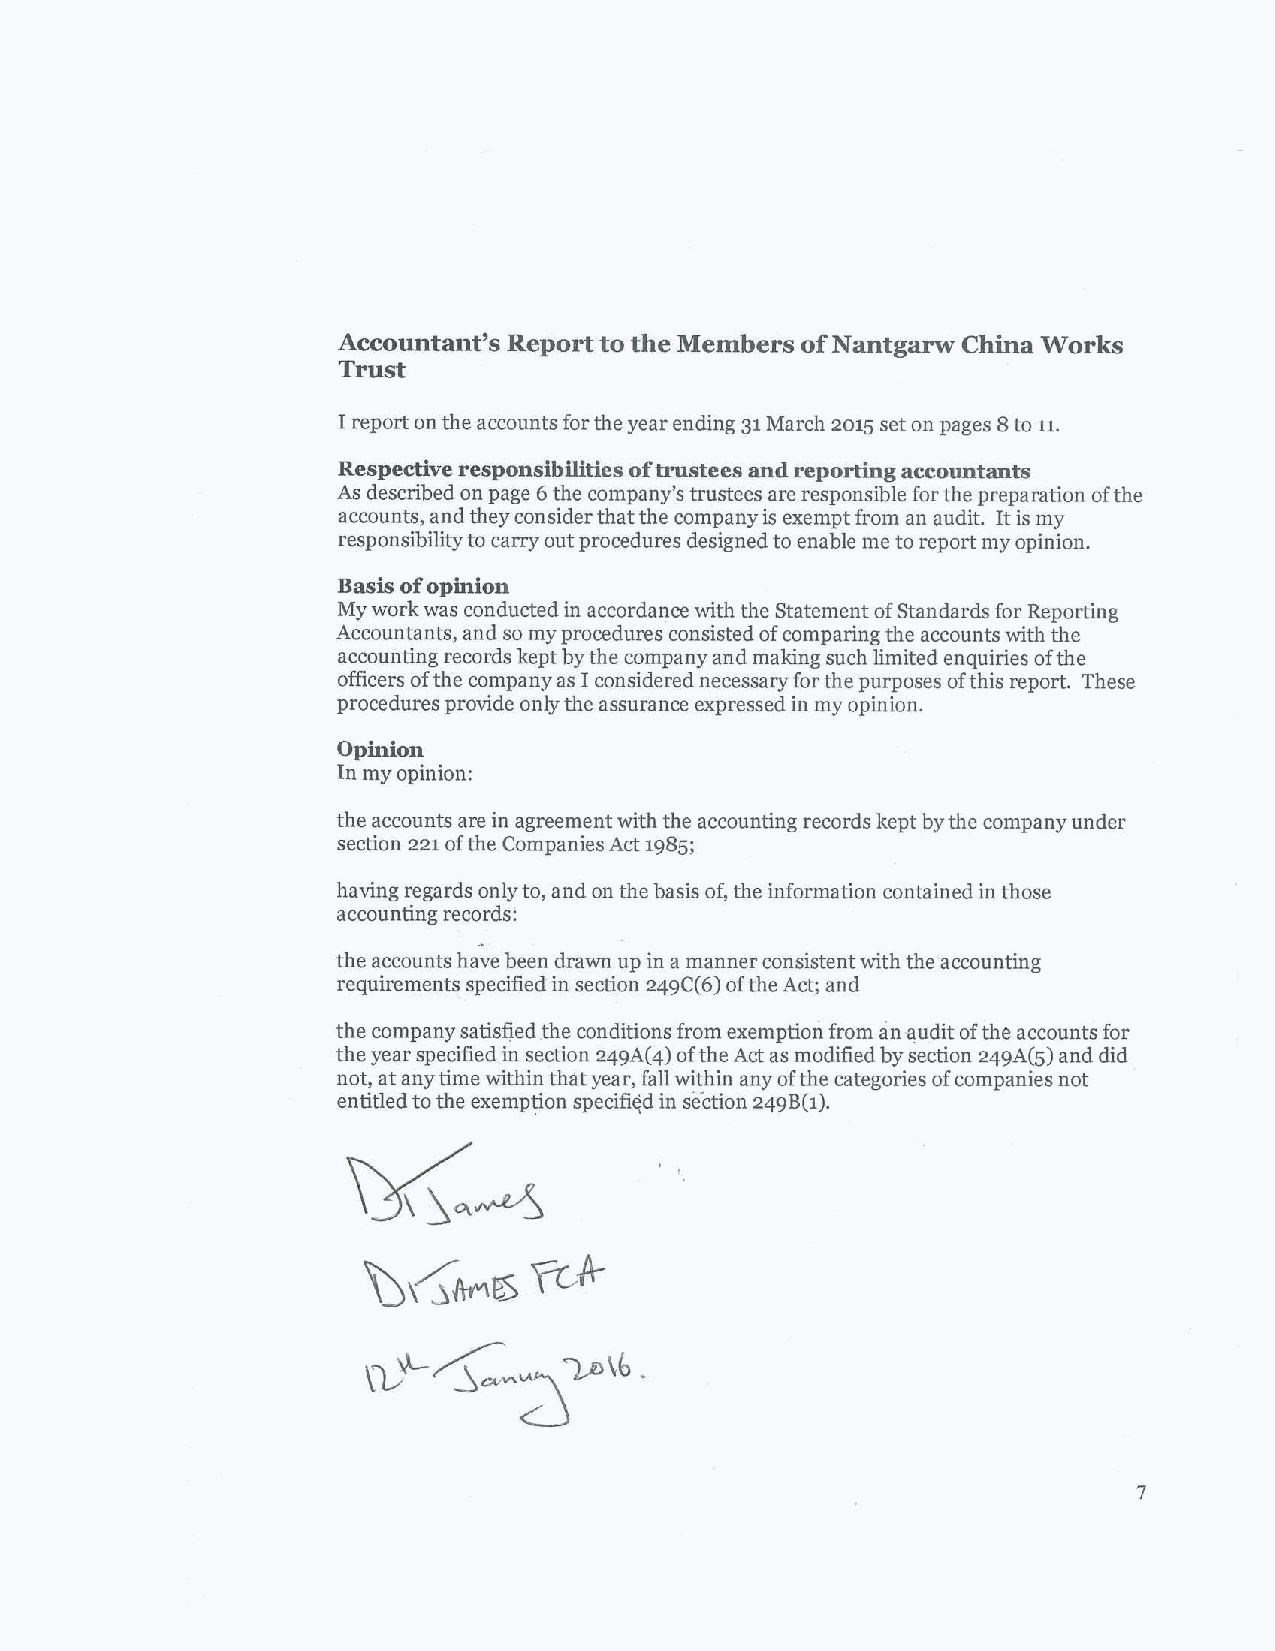
7